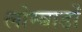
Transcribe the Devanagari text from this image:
लोम्बार्डों